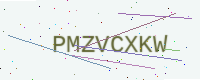
Text: PMZVCXKW